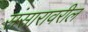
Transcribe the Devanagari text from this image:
संसारावरील